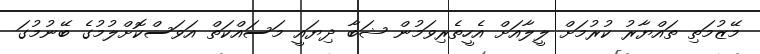
މޭޒުމަތި ތައްޔާރު ކުރުމަށް ލީލާއަށް އެހީތެރިވަމުން ޝަބާ ދިޔައީ މަސައްކަތް އަވަސްކޮށްލުމުގެ ބޭނުމުގަ